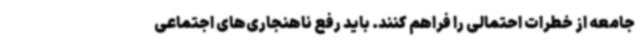
جامعه از خطرات احتمالی را فراهم کنند. باید رفع ناهنجاری‌های اجتماعی